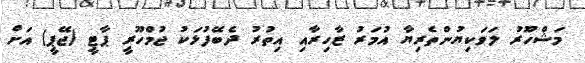
މަޝްހޫރު ލަވަކިޔުންތެރިޔާ އުމަރު ޒާހިރާއި އިތުރު ދެބޭފުޅަކު ޖުމްހޫރީ ޕާޓީ (ޖޭޕީ) އަށް